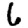
Digit: 6